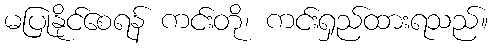
မပြုနိုင်စေရန် ကင်းတို၊ ကင်းရှည်ထားရသည်။